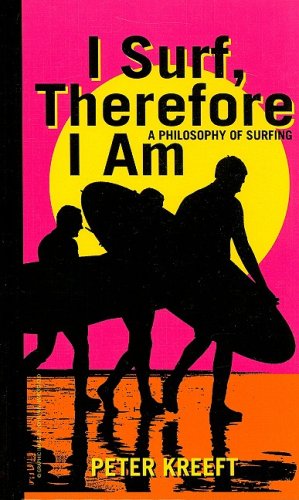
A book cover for I Surf, Therefore I Am: A Philosophy of Surfing; Peter Kreeft; Sports & Outdoors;